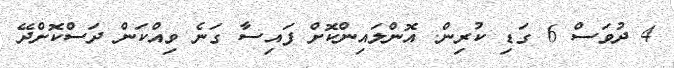
4 ދުވަސް 6 ގަޑި ކުރިން. އޮންލައިންކޮށް ފައިސާ ގަނެ ވިއްކަން ދަސްކޮށްދޭ